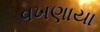
વખણાયા